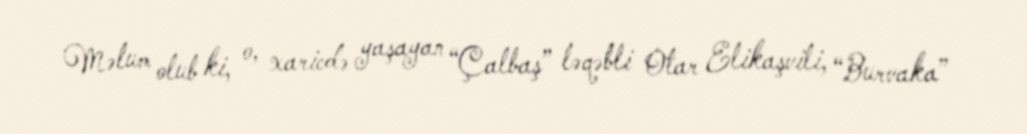
Məlum olub ki, o, xaricdə yaşayan “Çalbaş” ləqəbli Otar Elikaşvili, “Burvaka”